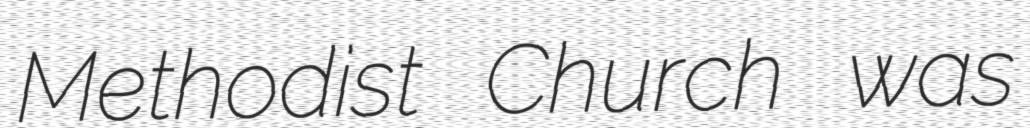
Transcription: Methodist Church was